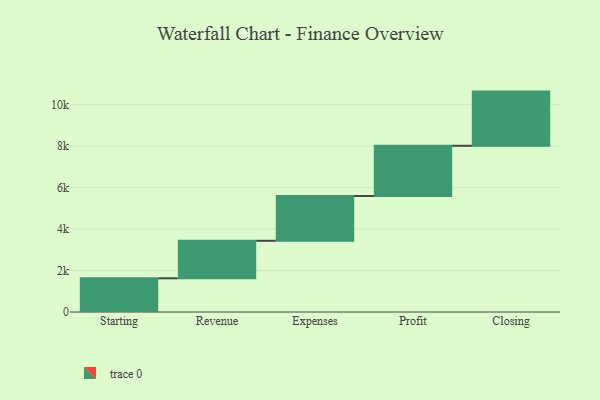
{"axis": {"x": "Step", "y": "Value"}, "legend": [""], "data": [{"x": "Starting", "y": 1625.0, "type": ""}, {"x": "Revenue", "y": 1810.0, "type": ""}, {"x": "Expenses", "y": 2160.0, "type": ""}, {"x": "Profit", "y": 2422.0, "type": ""}, {"x": "Closing", "y": 2613.0, "type": ""}]}